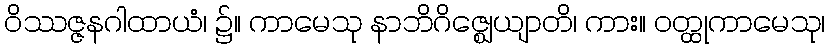
ဝိဿဇ္ဇနဂါထာယံ၊ ၌။ ကာမေသု နာဘိဂိဇ္ဈေယျာတိ၊ ကား။ ဝတ္ထုကာမေသု၊